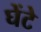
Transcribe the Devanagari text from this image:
घेंटे